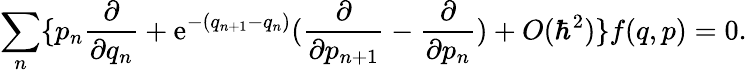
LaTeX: \sum_{n}\{ p_{n}\frac{\partial}{\partial q_{n}}+\mathrm{e}^{-(q_{n+1}-q_{n})}(\frac{\partial}{\partial p_{n+1}}-\frac{\partial}{\partial p_{n}})+O(\hbar^{2})\} f(q,p)=0.